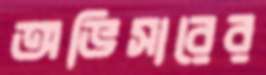
অভিসারের